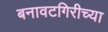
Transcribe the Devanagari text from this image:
बनावटगिरीच्या